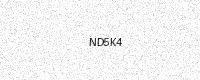
Text: ND5K4